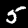
Digit: 5